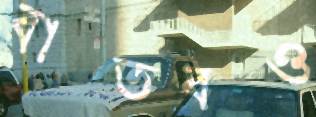
বাস্তবও